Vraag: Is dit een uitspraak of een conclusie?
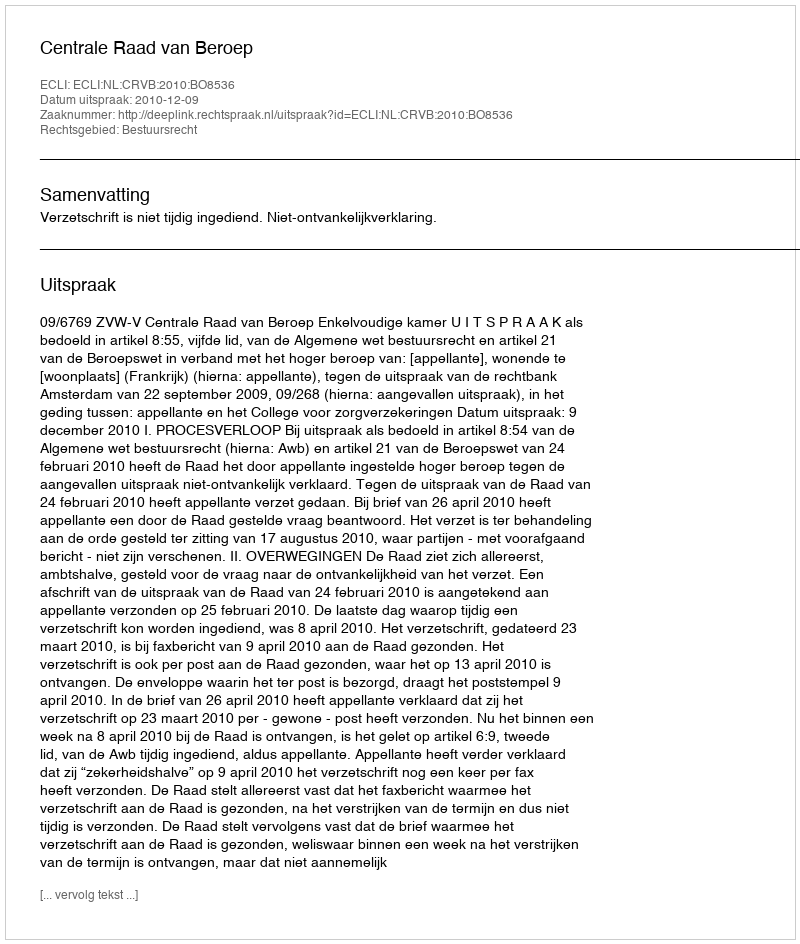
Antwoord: Uitspraak